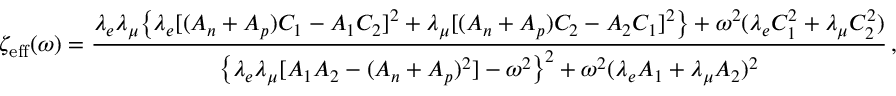
\zeta _ { \mathrm { e f f } } ( \omega ) = \frac { \lambda _ { e } \lambda _ { \mu } \big \{ \lambda _ { e } [ ( A _ { n } + A _ { p } ) C _ { 1 } - A _ { 1 } C _ { 2 } ] ^ { 2 } + \lambda _ { \mu } [ ( A _ { n } + A _ { p } ) C _ { 2 } - A _ { 2 } C _ { 1 } ] ^ { 2 } \big \} + \omega ^ { 2 } ( \lambda _ { e } C _ { 1 } ^ { 2 } + \lambda _ { \mu } C _ { 2 } ^ { 2 } ) } { \big \{ \lambda _ { e } \lambda _ { \mu } [ A _ { 1 } A _ { 2 } - ( A _ { n } + A _ { p } ) ^ { 2 } ] - \omega ^ { 2 } \big \} ^ { 2 } + \omega ^ { 2 } ( \lambda _ { e } A _ { 1 } + \lambda _ { \mu } A _ { 2 } ) ^ { 2 } } \, ,